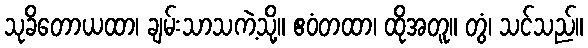
သုခိတောယထာ၊ ချမ်းသာသကဲ့သို့။ ဧဝံတထာ၊ ထိုအတူ။ တွံ၊ သင်သည်။